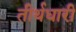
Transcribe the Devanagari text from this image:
तीर्थधारी